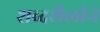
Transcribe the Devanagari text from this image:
शब्दशैलीने